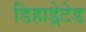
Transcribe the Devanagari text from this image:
डिहाड्रेटेड